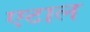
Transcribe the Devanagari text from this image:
एटाल